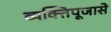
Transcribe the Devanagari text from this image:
व्यक्तिपूजासे